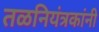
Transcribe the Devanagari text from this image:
तळनियंत्रकांनी